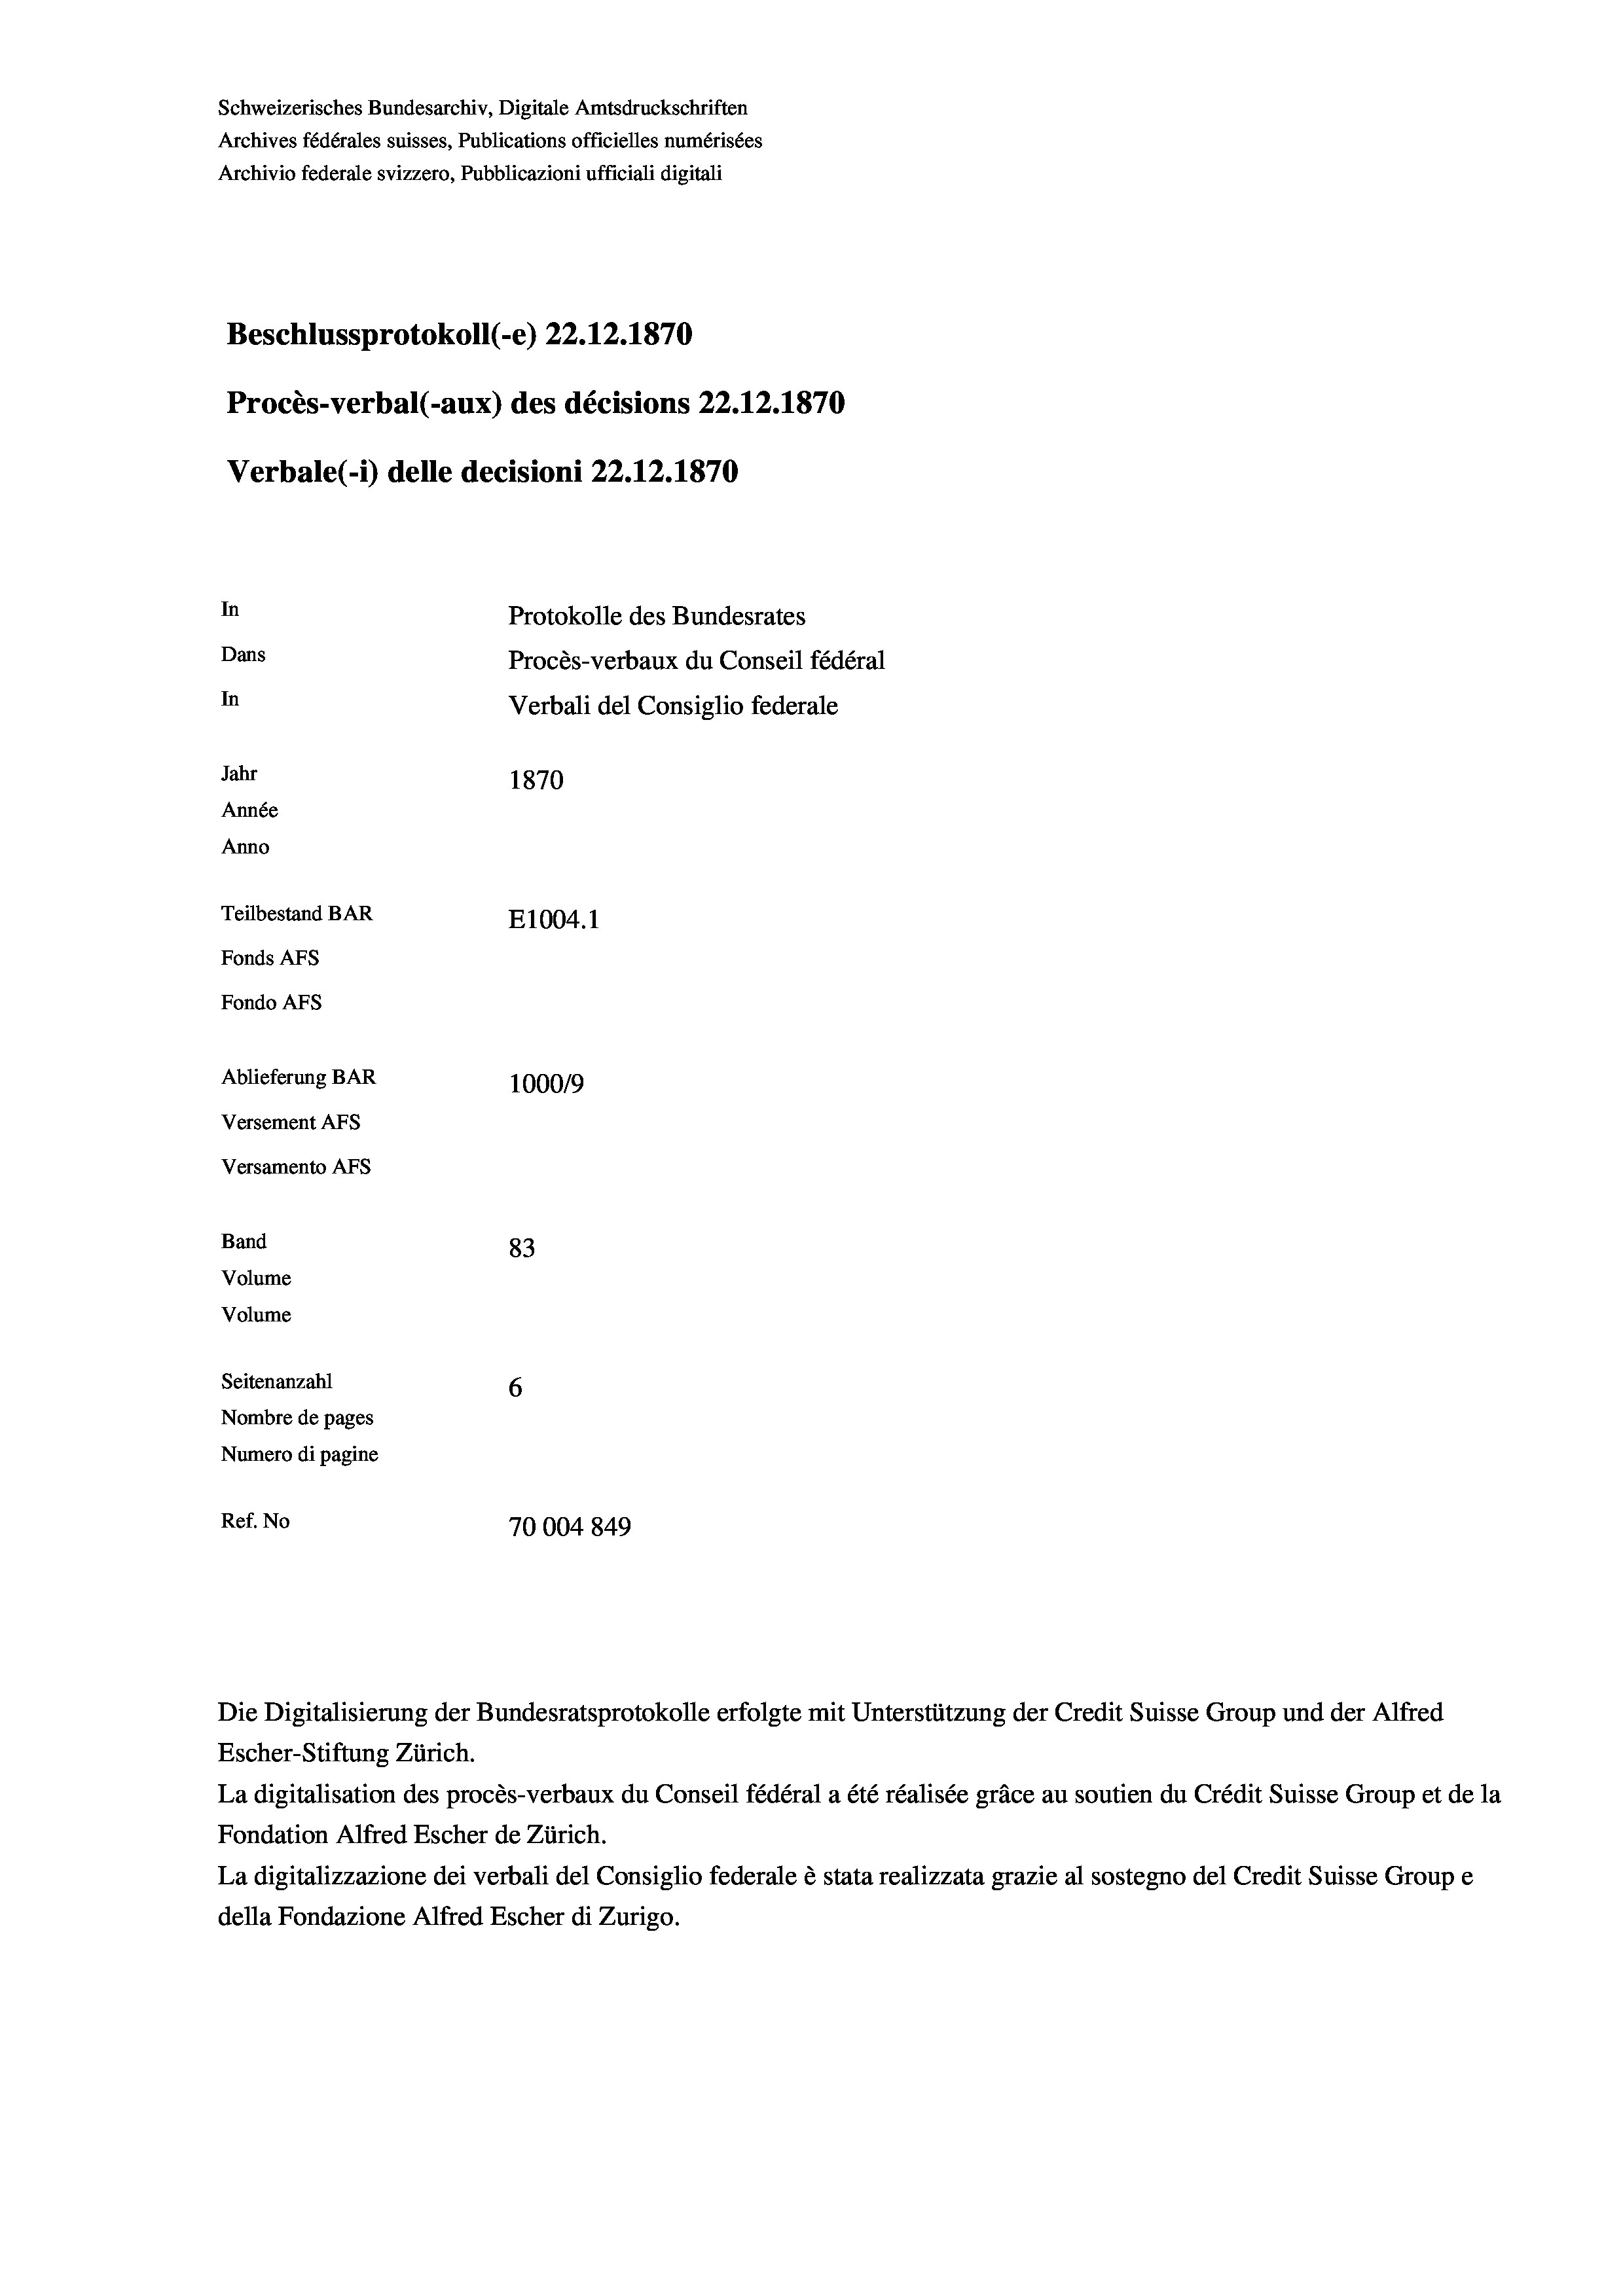
Schweizerisches Bundesarchiv, Digitale Amtsdruckschriften
Archives fédérales suisses, Publications officielles numérisées
Archivio federale svizzero, Pubblicazioni ufficiali digitali
Beschlussprotokoll (-e) 22.12.1870
Procès-verbal (-aux) des décisions 22.12.1870
Verbale (1) delle decisioni 22.12.1870
In
Protokolle des Bundesrates
Dans
Procès-verbaux du Conseil fédéral
In
Verbali del Consiglio federale
Jahr
1870
Année
Anno
Teilbestand BAR
E1004.1
Fonds Afs
Fondo AFs
Ablieferung BAR
100019
Versement Abs
Versamento Afs
Band
83
Volume
Volume
Seitenanzahl
6
Nombre de pages
Numero di pagine
Ref. No
70004 849

Escher-Stiftung Zürich.
La digitalisation des procès-verbaux du Conseil fédéral a été réalisée gräce au soutien du Crédit Suisse Group et de la
Fondation Alfred Escher de Zürich.
La digitalizzazione dei verbali del Consiglio federale è stata realizzata grazie al sostegno del Credit Suisse Groupe
della Fondazione Alfred Escher di Zurigo.

Die Digitalisierung der Bundesratsprotokolle erfolgte mit Unterstützung der Credit Suisse Group und der Alfred